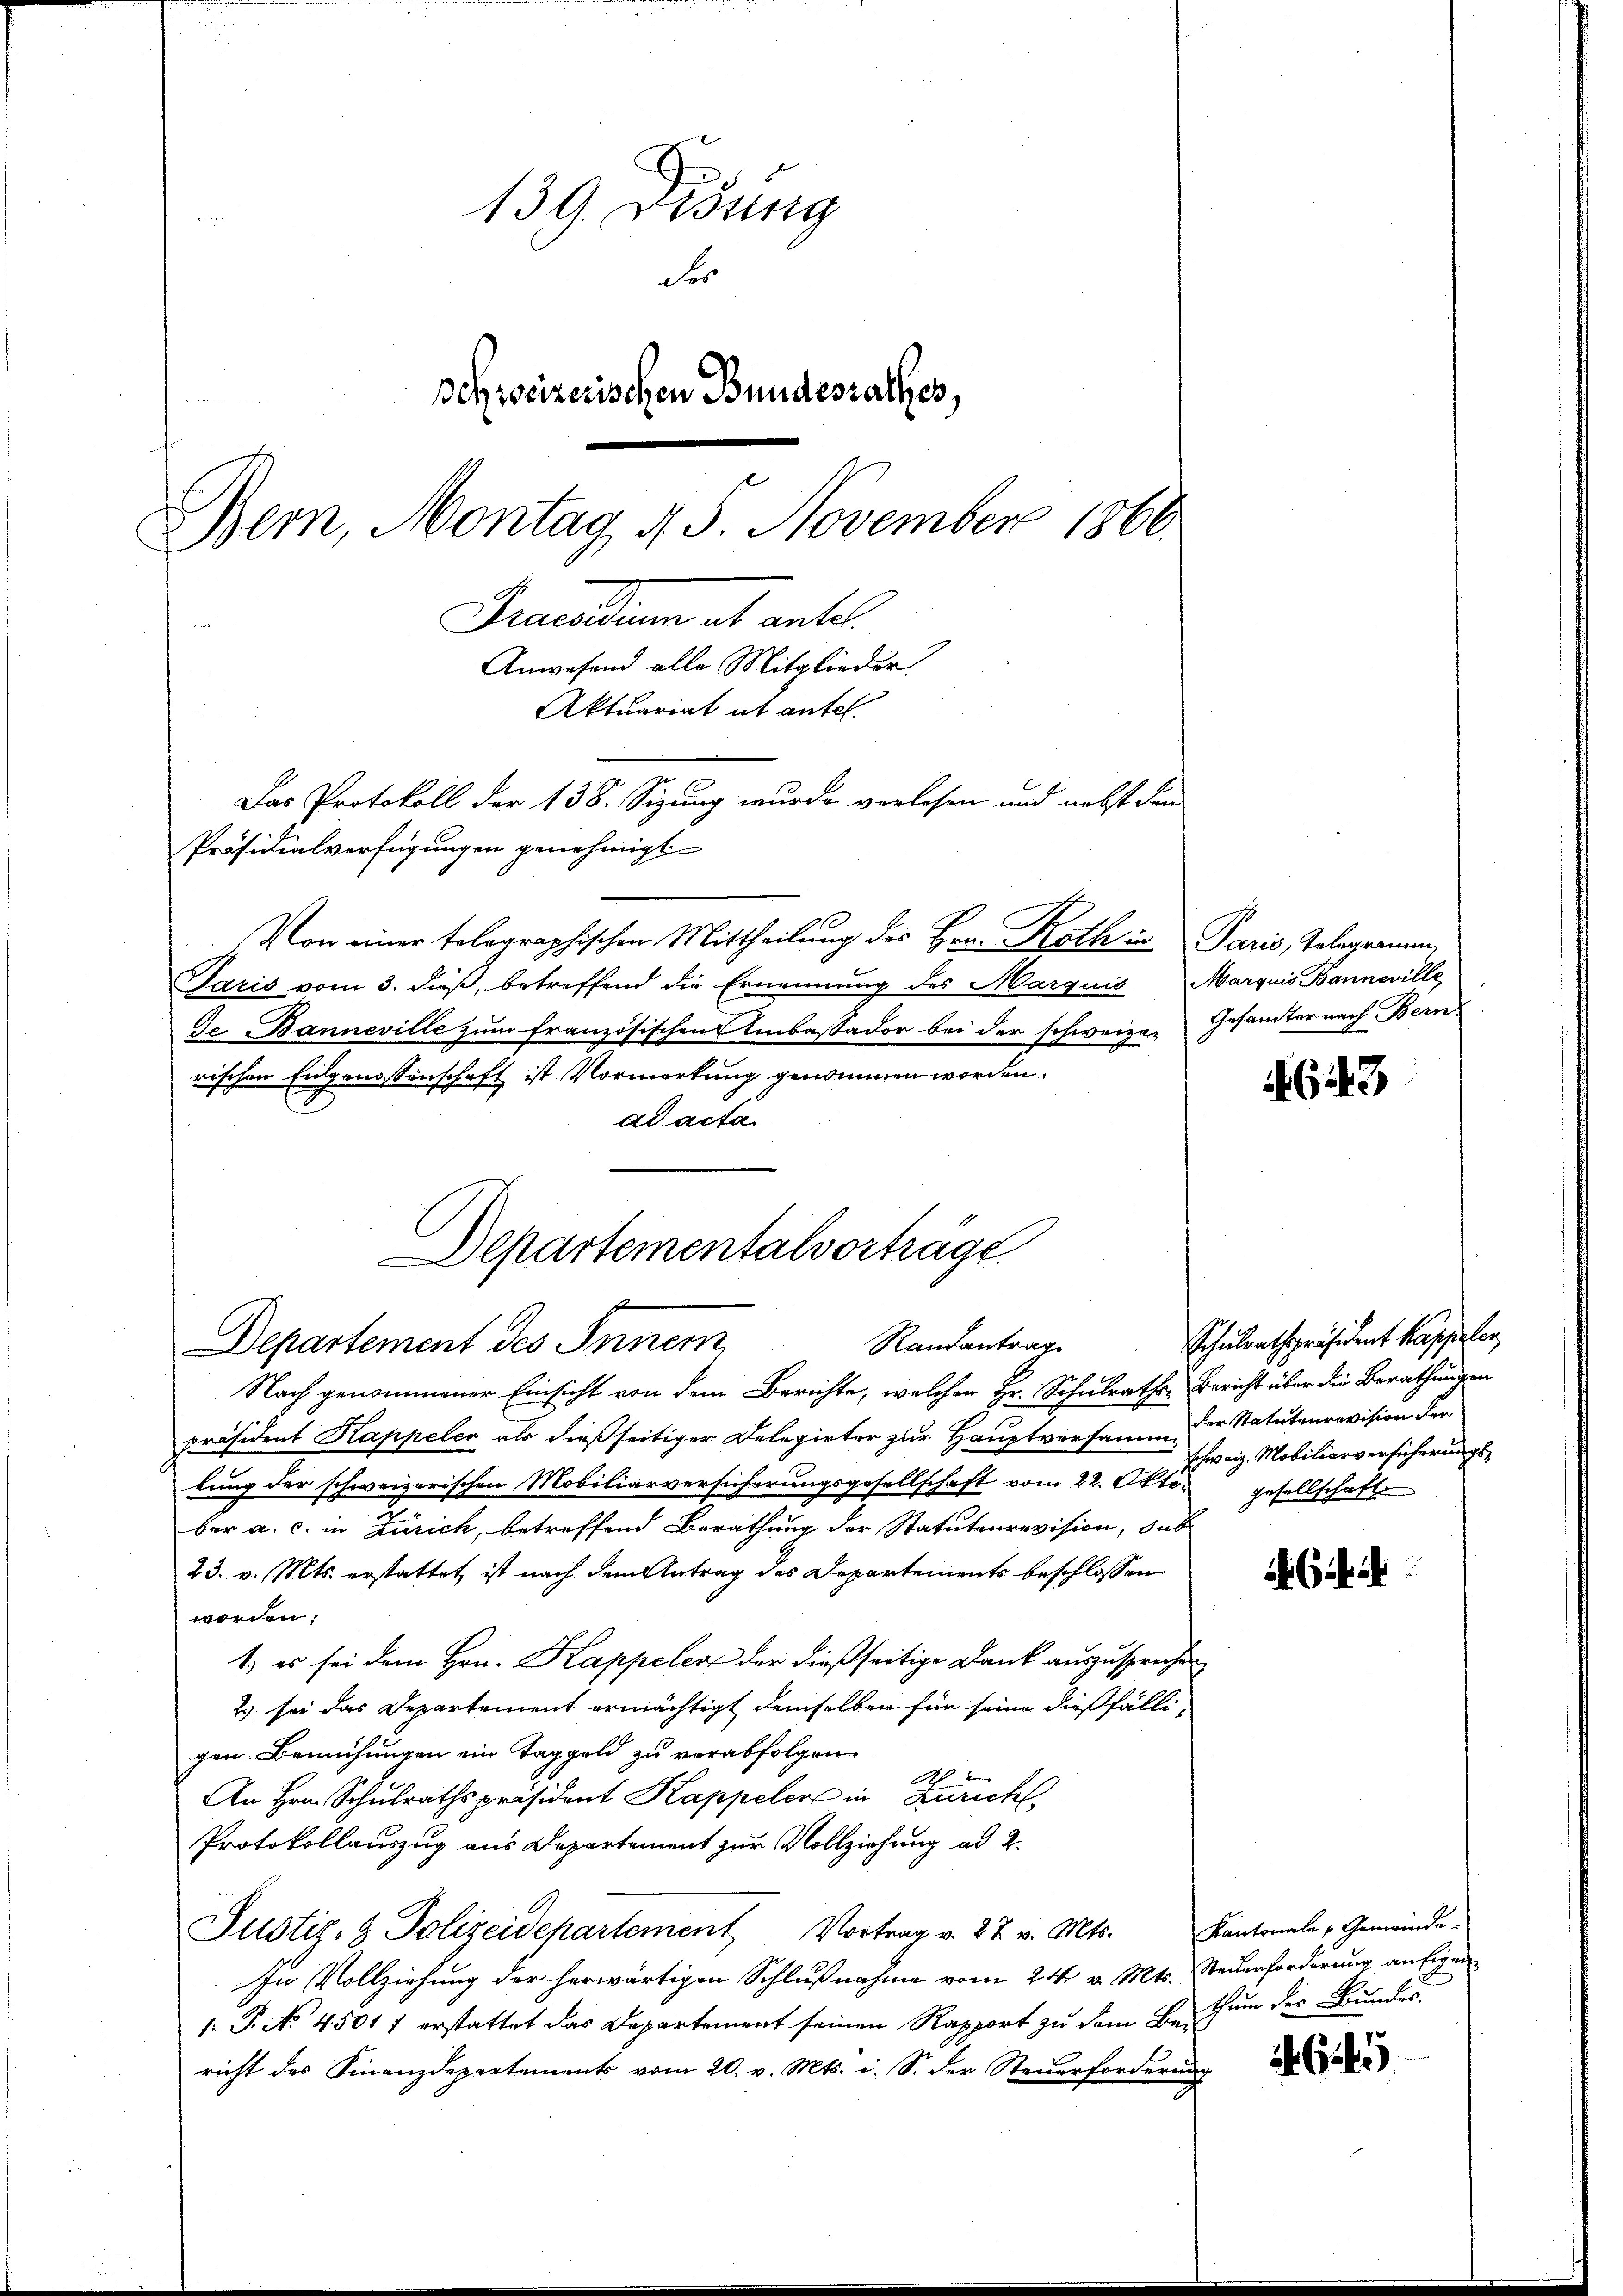
139. Dessig
Fer
Dehweizerischen Bundesrathes,
Bern, Montag 4. 5. November 1866.
Gruendum et ante
Anwesend alle Mitglieder.
Aktuariat it antel.
Das Protokoll der 138. Sizung wurde vorlesen und nebst den
Präsidialverfügungen genehmigt

Von einer telegraphischen Mittheilung des Hrn. Rath in Paris, Telegrammen
Saris vom 3. dieß, betreffend die Ernennung des Marquis Marquis Banneville
de Banneville zŭm französischen Umbassador bei der schweiz. Gesamter nach Bern
rischen Eidgenossenschaft ist. Vorwartung genommen worden.
ad acta

Departementalvorträgt.
Departement des Inner,
Randantrag

Nach genommener Einsicht von dem Berichte, welchen Hr. Schulraths Bericht über die Berathungen
präsident Kappeler als dießseitiger Delegirter zur Hauptversamm der Statutenrevision der
lung der schweizerischen Mobiliarversicherungsgesellschaft vom 22. Okt. gesellschaft.
ber a. c. in Zürich, betreffend Berathung der Statutenrevision, das
23. v. Mts. erstattet ist nach dem Antrag des Departements beschlossen
worden:
1.) es sei dem Hrn. Kappeler der dießseitige Dank auszusprechen
2.) sei das Departement ermächtigt demselben für seine dießfälligen Bemühungen ein Taggeld zu verabfolgen.
2.
An Hrn. Schulrathspräsident Kappeler in Zürich
Protokollauszug aus Departement zur Vollziehung ad 2.
Justiz- & Polizeidepartement Vortrag v. 27. v. Mts.
In Vollziehung der herwärtigen Schlußnahme vom 24. v. Mts. Steuerforderung aufigen
s P. No 4501 f erstattet das Departement seinen Rapport zu dem Bethum der Bundes
richt des Finanzdepartements vom 20. v. Mts. i. S. der Steŭerforderŭng

4643

Schulrathspräsident Kappeler,
schweiz. Mobiliarversicherungs¬

Kantonale Gemeinde¬

645